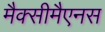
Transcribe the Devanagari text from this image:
मैक्सीमैएनस